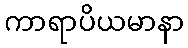
ကာရာပိယမာနာ